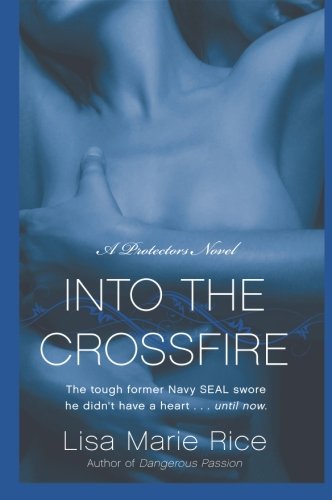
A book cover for Into the Crossfire: A Protectors Novel: Navy SEAL (The Protectors Trilogy); Lisa Marie Rice; Romance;